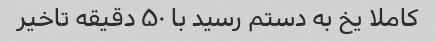
کاملا یخ به دستم رسید با ۵۰ دقیقه تاخیر